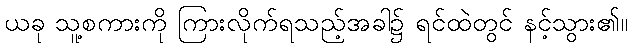
ယခု သူ့စကားကို ကြားလိုက်ရသည့်အခါ၌ ရင်ထဲတွင် နင့်သွား၏။